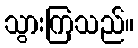
သွားကြသည်။